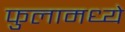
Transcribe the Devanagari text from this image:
फुलामध्ये